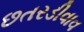
છતરડીવાવ